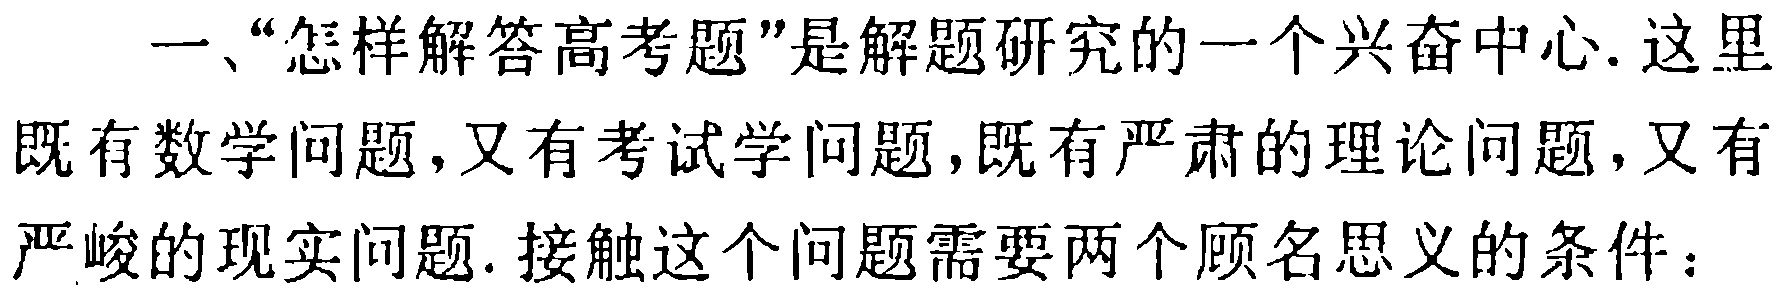
一、“怎样解答高考题”是解题研究的一个兴奋中心. 这里既有数学问题,又有考试学问题,既有严肃的理论问题, 又有严峻的现实问题. 接触这个问题需要两个顾名思义的条件：